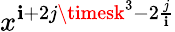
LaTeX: x^{\mathbf{i}+2j\timesk^{3}-2\frac{{j}}{{\mathbf{i}}}}